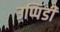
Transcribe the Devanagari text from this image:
उप्पिंडी